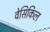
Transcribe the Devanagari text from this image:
वेसिकिल